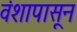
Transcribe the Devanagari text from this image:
वंशापासून